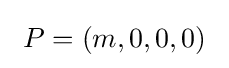
~P=(m,0,0,0)~